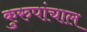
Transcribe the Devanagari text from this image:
कुरुपांचाल